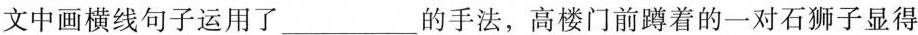
文中画横线句子运用了___的手法，高楼门前蹲着的一对石狮子显得